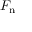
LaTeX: F _ { \mathrm { n } }